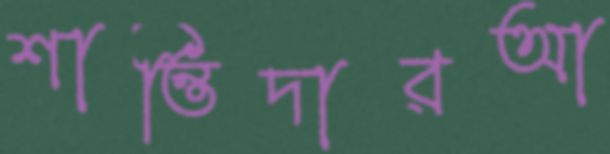
শান্তিদারআ